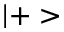
| + >